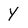
Character: Y